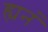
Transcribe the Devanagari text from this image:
ह्यनं